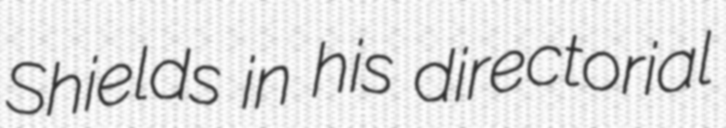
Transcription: Shields in his directorial